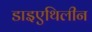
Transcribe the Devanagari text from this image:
डाइएथिलीन